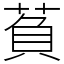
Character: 萯